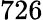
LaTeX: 726